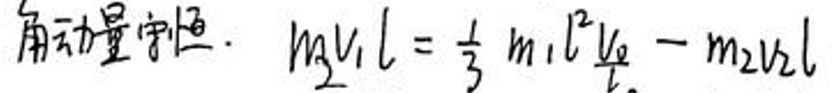
由动量守恒：\(m_2v_1l=\frac{1}{3}m_1l^2\frac{v_0}{l}-m_2v_2l\)